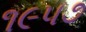
૧૯૫૭